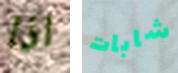
اذا شابات